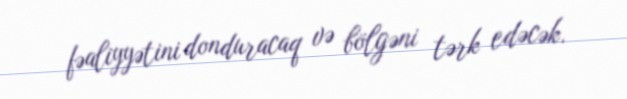
fəaliyyətini donduracaq və bölgəni tərk edəcək.